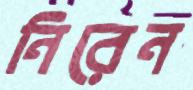
নিরেন